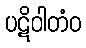
ပဋိဝါတံဝ